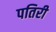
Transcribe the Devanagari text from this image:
पतिरी